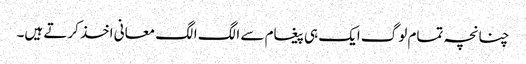
چنانچہ تمام لوگ ایک ہی پیغام سے الگ الگ معانی اخذ کرتے ہیں۔